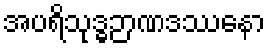
အပရိသုဒ္ဓဉာဏဒဿနော